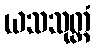
ယသသုတ္တံ